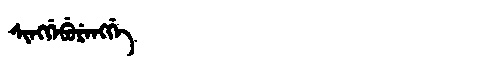
Manchu: ᠰᡳᠩᡤᡝᠪᡠᡵᡝᠩᡤᡝ
Romanization: SINGGEBURENGGE